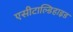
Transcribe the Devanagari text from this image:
एसीटाल्डिहाइड